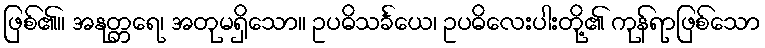
ဖြစ်၏။ အနုတ္တရေ၊ အတုမရှိသော။ ဥပဓိသင်္ခယေ၊ ဥပဓိလေးပါးတို့၏ ကုန်ရာဖြစ်သော